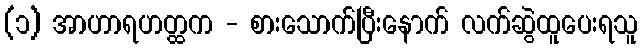
(၁) အာဟာရဟတ္ထက - စားသောက်ပြီးနောက် လက်ဆွဲထူပေးရသူ